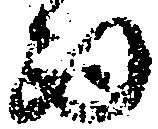
而